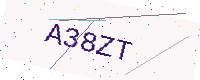
Text: A38ZT